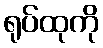
ရုပ်ထုကို